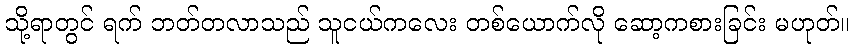
သို့ရာတွင် ရက် ဘတ်တလာသည် သူငယ်ကလေး တစ်ယောက်လို ဆော့ကစားခြင်း မဟုတ်။